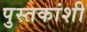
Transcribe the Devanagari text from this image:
पुस्तकांशी